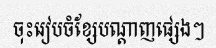
ចុះរៀបចំខ្សែបណ្តាញផ្សេងៗ